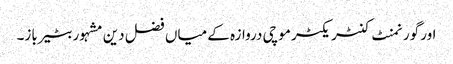
اور گورنمنٹ کنٹریکٹر موچی دروازہ کے میاں فضل دین مشہور بٹیرباز۔